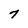
Character: 7